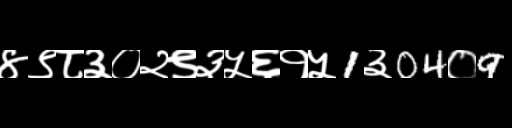
Text: ४९८३०२९३५६१५1३04०9